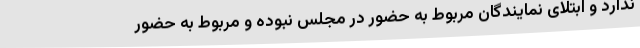
ندارد و ابتلای نمایندگان مربوط به حضور در مجلس نبوده و مربوط به حضور